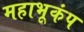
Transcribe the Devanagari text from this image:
महाभूकंप